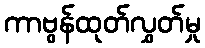
ကာဗွန်ထုတ်လွှတ်မှု